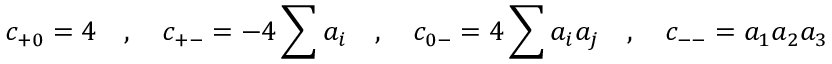
c _ { + 0 } = 4 \quad , \quad c _ { + - } = - 4 \sum a _ { i } \quad , \quad c _ { 0 - } = 4 \sum a _ { i } a _ { j } \quad , \quad c _ { -- } = a _ { 1 } a _ { 2 } a _ { 3 }